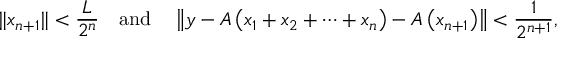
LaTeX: \| x _ { n + 1 } \| < { \frac { L } { 2 ^ { n } } } \quad { \mathrm { a n d } } \quad \left\| y - A \left( x _ { 1 } + x _ { 2 } + \cdots + x _ { n } \right) - A \left( x _ { n + 1 } \right) \right\| < { \frac { 1 } { 2 ^ { n + 1 } } } ,